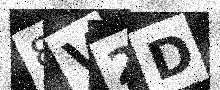
Text: 8V2D